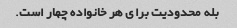
بله محدودیت برای هر خانواده چهار است.